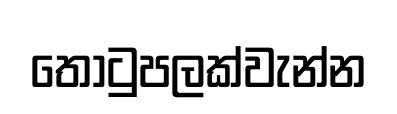
තොටුපලක්වැන්න